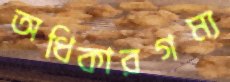
অধিকারগম্য